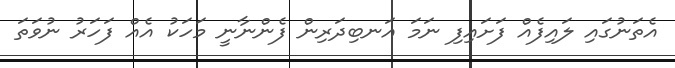
އެތަނުގައި ލައިފެއް ފަށައިފި ނަމަ އަނބިދަރިން ފެންނާނީ މަހަކު އެއް ފަހަރު ނުވަތަ